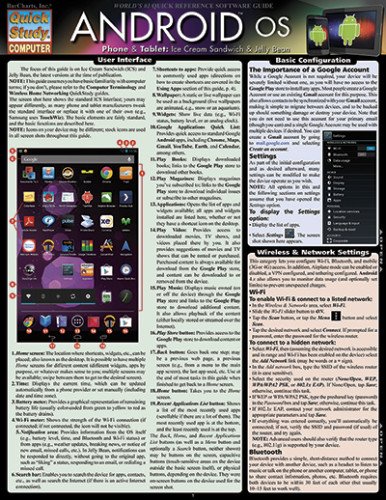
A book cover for Android Os-Phone & Tablet (Quick Study: Computer); Inc. BarCharts; Computers & Technology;